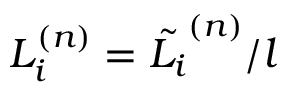
L _ { i } ^ { ( n ) } = \tilde { L _ { i } } ^ { ( n ) } / l